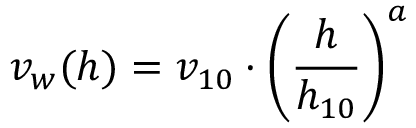
\ v _ { w } ( h ) = v _ { 1 0 } \cdot \left( { \frac { h } { h _ { 1 0 } } } \right) ^ { a }